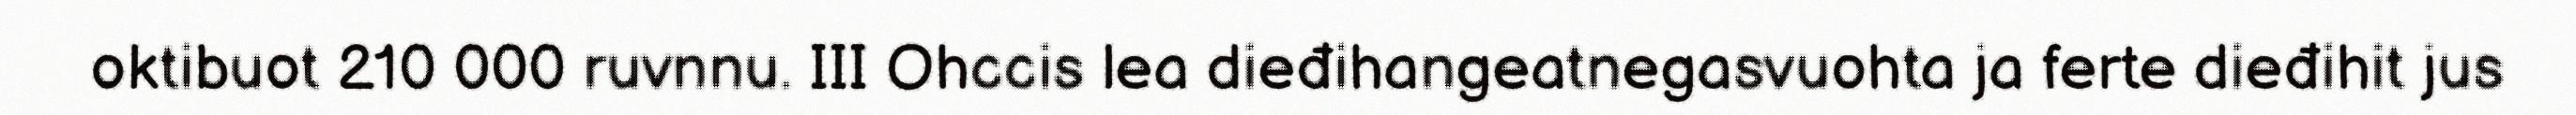
oktibuot 210 000 ruvnnu. III Ohccis lea dieđihangeatnegasvuohta ja ferte dieđihit jus